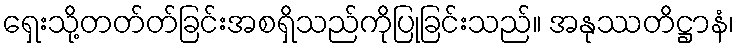
ရှေးသို့တတ်တ်ခြင်းအစရှိသည်ကိုပြုခြင်းသည်။ အနုဿတိဋ္ဌာနံ၊